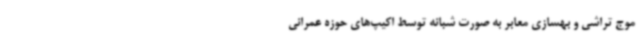
موج تراشی و بهسازی معابر به صورت شبانه توسط اکیپ‌های حوزه عمرانی